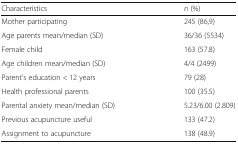
<table><thead><tr><td><b>Characteristics</b></td><td><b><i>n</i> (%)</b></td></tr></thead><tbody><tr><td>Mother participating</td><td>245 (86,9)</td></tr><tr><td>Age parents mean/median (SD)</td><td>36/36 (5534)</td></tr><tr><td>Female child</td><td>163 (57.8)</td></tr><tr><td>Age children mean/median (SD)</td><td>4/4 (2499)</td></tr><tr><td>Parent’s education &lt; 12 years</td><td>79 (28)</td></tr><tr><td>Health professional parents</td><td>100 (35.5)</td></tr><tr><td>Parental anxiety mean/median (SD)</td><td>5.23/6.00 (2.809)</td></tr><tr><td>Previous acupuncture useful</td><td>133 (47.2)</td></tr><tr><td>Assignment to acupuncture</td><td>138 (48.9)</td></tr></tbody></table>